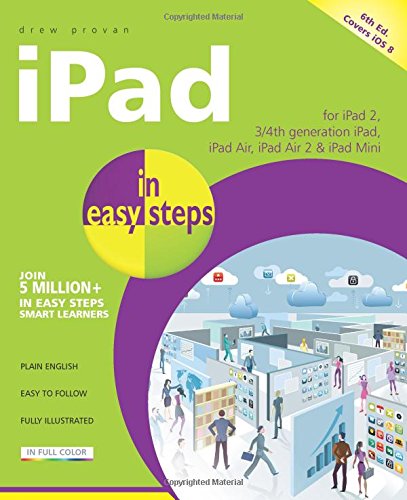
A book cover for iPad in Easy Steps: Covers iOS 8; Drew Provan; Computers & Technology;